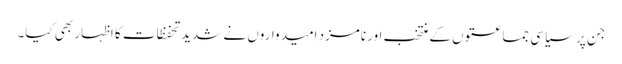
جن پر سیاسی جماعتوں کے منتخب اور نامزد امیدواروں نے شدید تحفظات کا اظہار بھی کیا۔